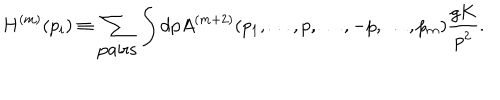
LaTeX: H ^ { ( m ) } ( p _ { i } ) \equiv \sum _ { \mathrm { p a i r s } } \int \mathrm { d } p A ^ { ( m + 2 ) } ( p _ { 1 } , \dots , p , \dots , - p , \dots , p _ { m } ) { \frac { g K } { p ^ { 2 } } } .